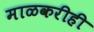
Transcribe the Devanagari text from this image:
माळकरीही